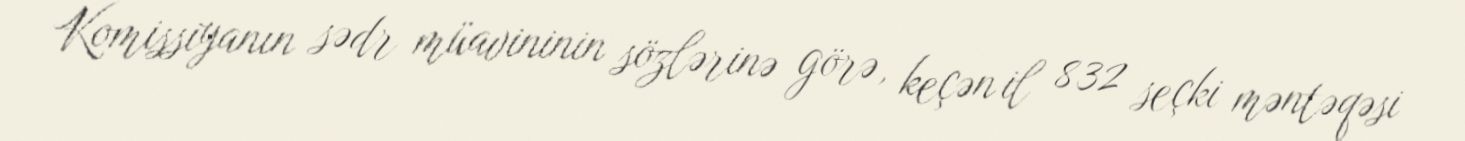
Komissiyanın sədr müavininin sözlərinə görə, keçən il 832 seçki məntəqəsi